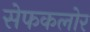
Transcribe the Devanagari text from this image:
सेफकलोर